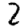
Digit: 2